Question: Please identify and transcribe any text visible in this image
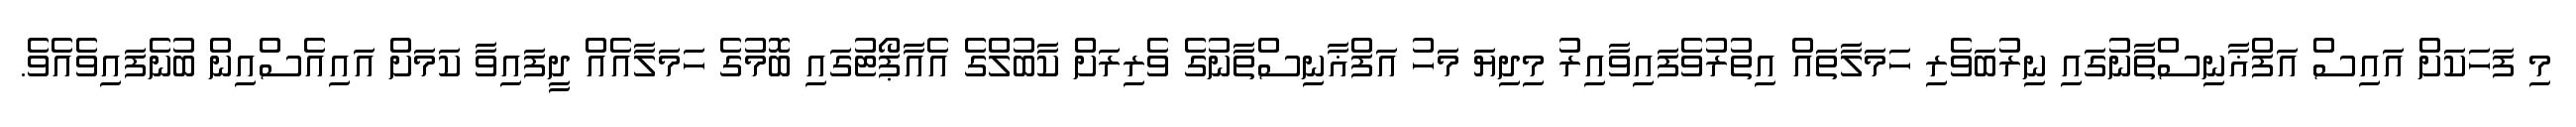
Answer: މި ފަހަކަށް އައިސް އަފްޣާނިސްތާނުގައި ނިރުބަވެރި ހަމަލާތައް އިތުރުވެފައިވާއިރު މިދިޔަ މަހު އަފްޣާނިސްތާނުގެ ވެރިރަށް ކާބުލްގެ އެއާޕޯޓުގައި ބޮމުގެ ހަމަލާއެއް ދީފައިވާ ކަމަށް އައިއެސްއިން ބުނެފައިވެއެވެ.